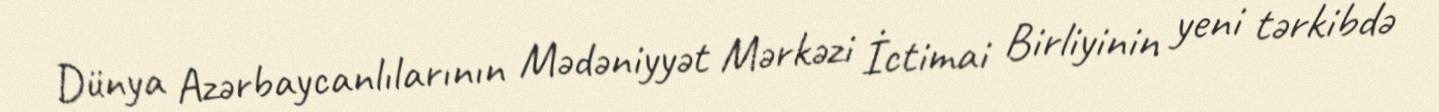
Dünya Azərbaycanlılarının Mədəniyyət Mərkəzi İctimai Birliyinin yeni tərkibdə